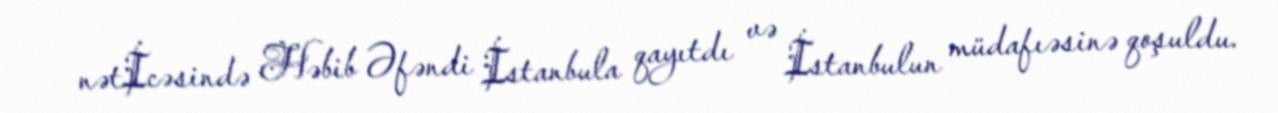
nətİcəsində Həbib Əfəndi İstanbula qayıtdı və İstanbulun müdafıəsinə qoşuldu.